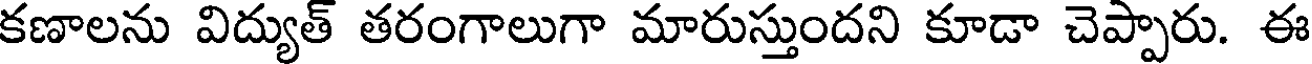
కణాలను విద్యుత్ తరంగాలుగా మారుస్తుందని కూడా చెప్పారు. ఈ